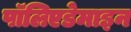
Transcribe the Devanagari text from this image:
पॉलिएडेमाइन